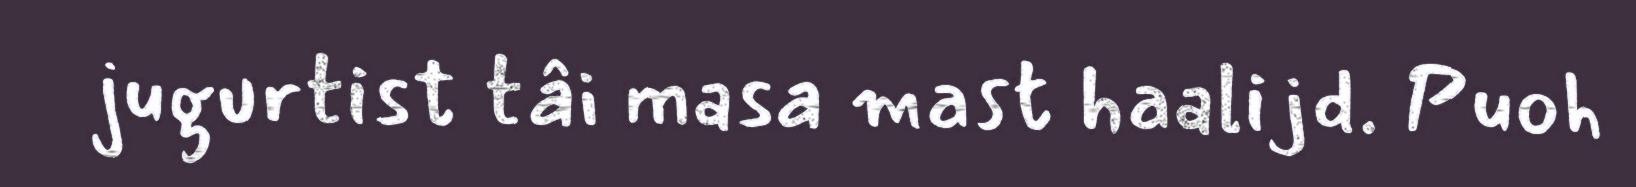
jugurtist tâi masa mast haalijd. Puoh